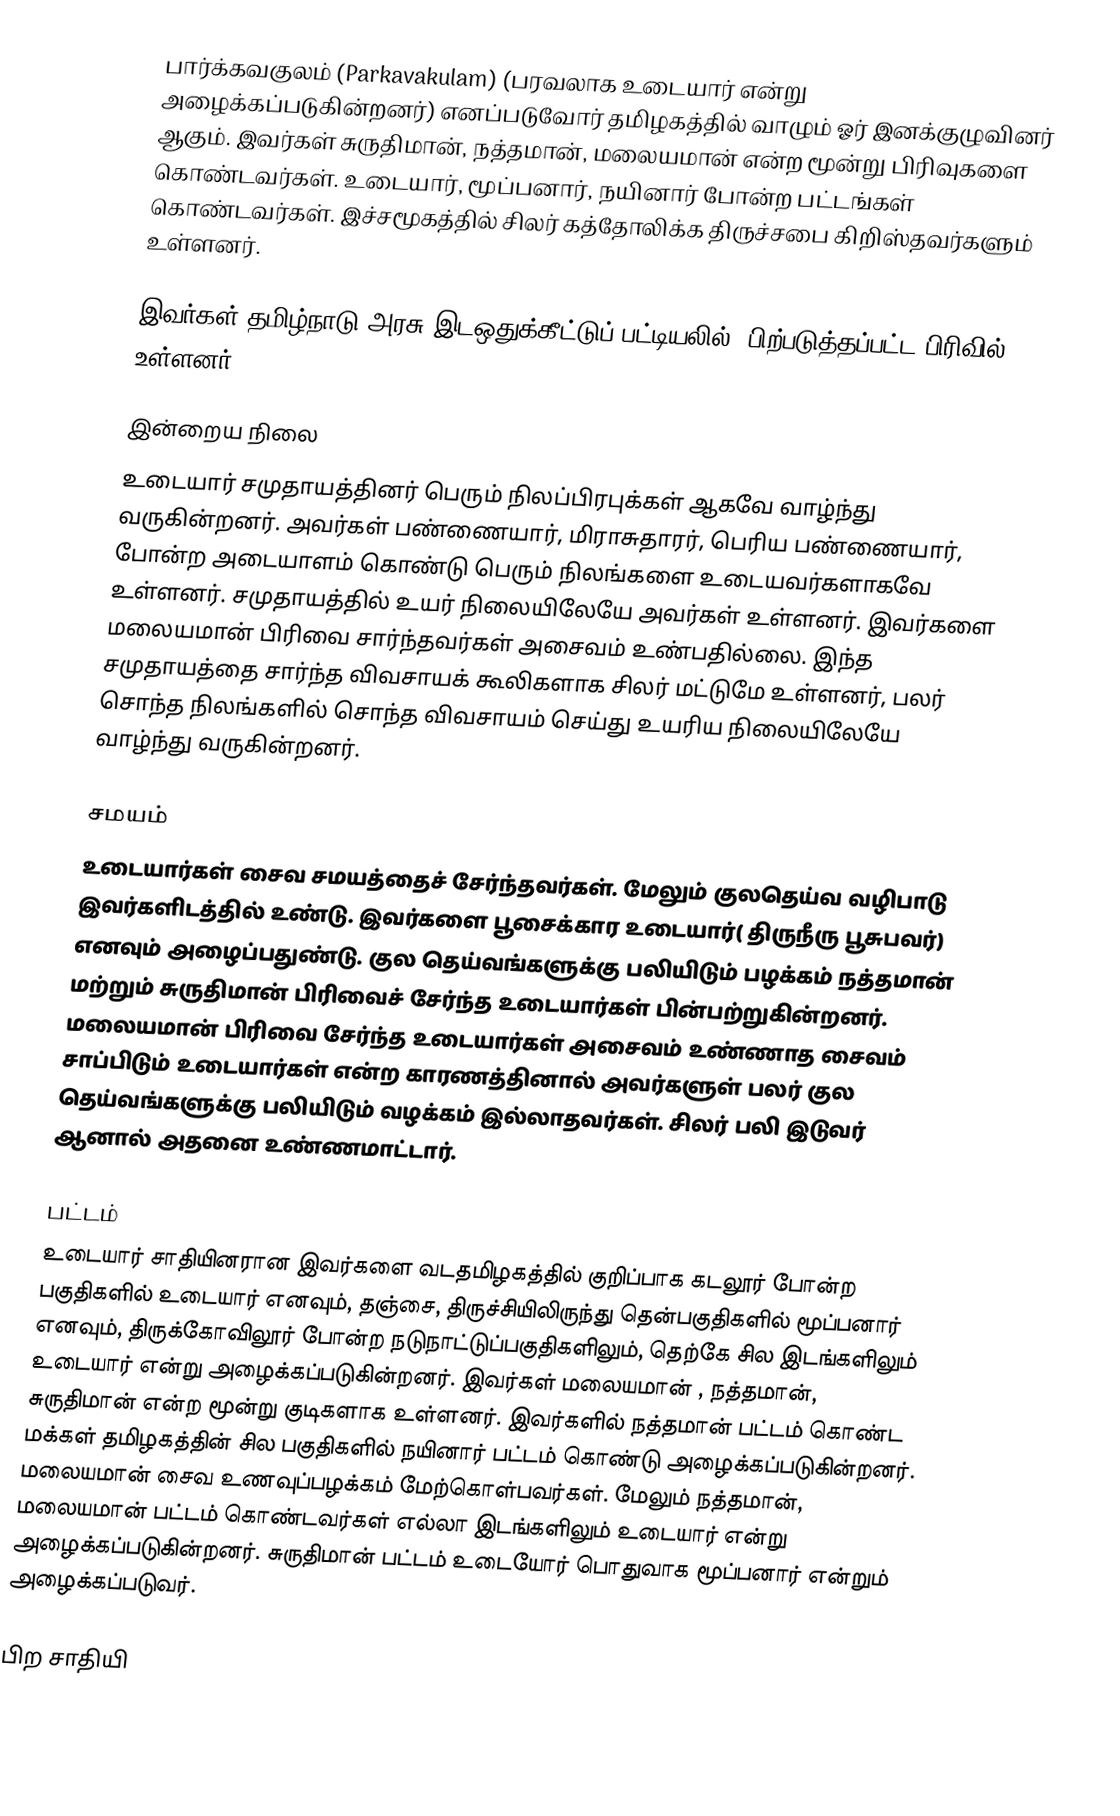
பார்க்கவகுலம் (Parkavakulam) (பரவலாக உடையார் என்று அழைக்கப்படுகின்றனர்) எனப்படுவோர் தமிழகத்தில் வாழும் ஓர் இனக்குழுவினர் ஆகும். இவர்கள் சுருதிமான், நத்தமான், மலையமான் என்ற மூன்று பிரிவுகளை கொண்டவர்கள். உடையார், மூப்பனார், நயினார் போன்ற பட்டங்கள் கொண்டவர்கள். இச்சமூகத்தில் சிலர் கத்தோலிக்க திருச்சபை கிறிஸ்தவர்களும் உள்ளனர்.

இவர்கள் தமிழ்நாடு அரசு இடஒதுக்கீட்டுப் பட்டியலில், பிற்படுத்தப்பட்ட பிரிவில் உள்ளனர்.

இன்றைய நிலை
உடையார் சமுதாயத்தினர் பெரும் நிலப்பிரபுக்கள் ஆகவே வாழ்ந்து வருகின்றனர். அவர்கள் பண்ணையார், மிராசுதாரர், பெரிய பண்ணையார், போன்ற அடையாளம்  கொண்டு பெரும் நிலங்களை உடையவர்களாகவே உள்ளனர். சமுதாயத்தில் உயர் நிலையிலேயே அவர்கள் உள்ளனர். இவர்களை மலையமான் பிரிவை சார்ந்தவர்கள் அசைவம் உண்பதில்லை. இந்த சமுதாயத்தை சார்ந்த விவசாயக் கூலிகளாக சிலர் மட்டுமே உள்ளனர், பலர் சொந்த நிலங்களில் சொந்த விவசாயம் செய்து உயரிய நிலையிலேயே வாழ்ந்து வருகின்றனர்.

சமயம்
உடையார்கள் சைவ சமயத்தைச் சேர்ந்தவர்கள். மேலும் குலதெய்வ வழிபாடு இவர்களிடத்தில் உண்டு. இவர்களை பூசைக்கார உடையார்( திருநீரு பூசுபவர்) எனவும் அழைப்பதுண்டு. குல தெய்வங்களுக்கு பலியிடும் பழக்கம் நத்தமான் மற்றும் சுருதிமான் பிரிவைச் சேர்ந்த உடையார்கள் பின்பற்றுகின்றனர். மலையமான் பிரிவை  சேர்ந்த உடையார்கள் அசைவம் உண்ணாத சைவம் சாப்பிடும் உடையார்கள் என்ற காரணத்தினால் அவர்களுள் பலர் குல தெய்வங்களுக்கு பலியிடும் வழக்கம் இல்லாதவர்கள். சிலர் பலி இடுவர் ஆனால் அதனை உண்ணமாட்டார்.

பட்டம்
உடையார் சாதியினரான இவர்களை வடதமிழகத்தில் குறிப்பாக கடலூர் போன்ற பகுதிகளில் உடையார் எனவும், தஞ்சை, திருச்சியிலிருந்து தென்பகுதிகளில் மூப்பனார் எனவும், திருக்கோவிலூர் போன்ற நடுநாட்டுப்பகுதிகளிலும், தெற்கே சில இடங்களிலும் உடையார் என்று அழைக்கப்படுகின்றனர். இவர்கள்  மலையமான் , நத்தமான், சுருதிமான் என்ற மூன்று குடிகளாக உள்ளனர்.  இவர்களில் நத்தமான் பட்டம் கொண்ட மக்கள் தமிழகத்தின் சில பகுதிகளில் நயினார் பட்டம் கொண்டு அழைக்கப்படுகின்றனர். மலையமான் சைவ உணவுப்பழக்கம் மேற்கொள்பவர்கள். மேலும் நத்தமான், மலையமான் பட்டம் கொண்டவர்கள் எல்லா இடங்களிலும் உடையார் என்று அழைக்கப்படுகின்றனர். சுருதிமான் பட்டம் உடையோர் பொதுவாக மூப்பனார் என்றும் அழைக்கப்படுவர்.

பிற சாதியி